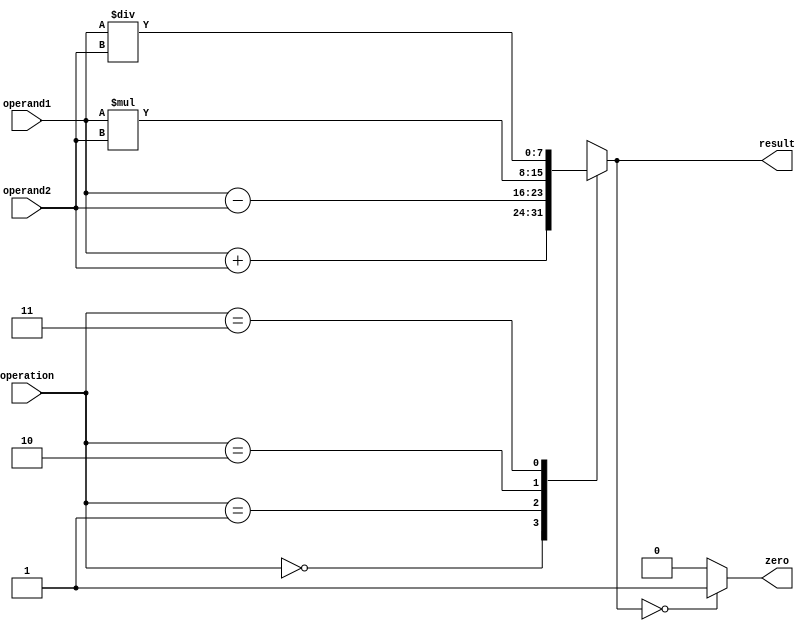
module ALU(
    input [7:0] operand1,
    input [7:0] operand2,
    input [1:0] operation,
    output reg [7:0] result,
    output reg zero
);

always @(*) begin
    case(operation)
        2'b00: result = operand1 + operand2; // Addition
        2'b01: result = operand1 - operand2; // Subtraction
        2'b10: result = operand1 * operand2; // Multiplication
        2'b11: result = operand1 / operand2; // Division
    endcase
    
    if(result == 8'h00) begin
        zero = 1;
    end
    else begin
        zero = 0;
    end
end

endmodule